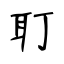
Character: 耵